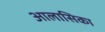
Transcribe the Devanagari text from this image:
आलासिका